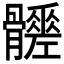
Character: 𩪳